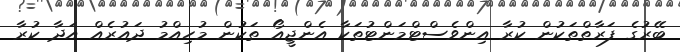
ބޭރުގެ ފަރާތްތަކުން ކުރާ އިންވެސްޓްމަންޓުތަކާ އެންޖީއޯ ތަކުން މުހިއްމު ދައުރެއް އަދާ ކުރާ